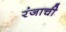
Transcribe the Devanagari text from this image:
रंजाची